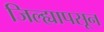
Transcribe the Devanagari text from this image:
जिल्ह्यापसून